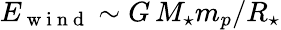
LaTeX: E_{\mathrm{~w~i~n~d~}}\sim G\, M_{\star}m_{p}/R_{\star}